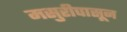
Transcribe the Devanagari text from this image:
मसुरीपासून